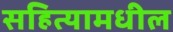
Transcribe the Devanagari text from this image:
सहित्यामधील